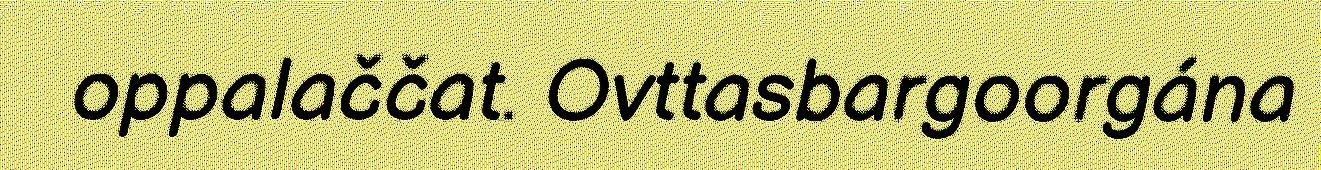
oppalaččat. Ovttasbargoorgána